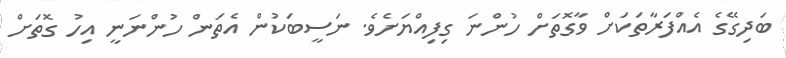
ބަދިގޭގެ އެއްފަރާތަކަށް ވާގޮތަށް ހުންނަ ގިފިއްޔަށެވެ. ނަސީބަކުން އެތަން ހުންނަނީ އިހު ގޮތަށް